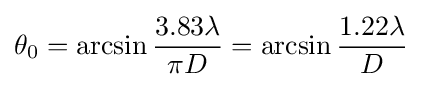
\theta _{0}=\arcsin {\frac {3.83\lambda }{\pi D}}=\arcsin {\frac {1.22\lambda }{D}}